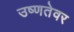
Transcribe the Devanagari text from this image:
उष्णतेवर